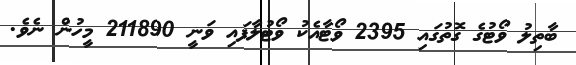
ބާތިލު ވޯޓުގެ ގޮތުގައި 2395 ވޯޓާއެކު ވޯޓުލާފައި ވަނީ 211890 މީހުން ނެވެ.